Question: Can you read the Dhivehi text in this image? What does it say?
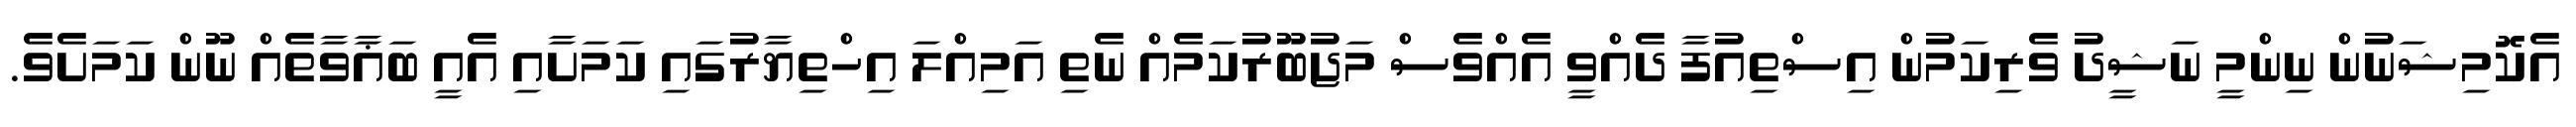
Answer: އެކޮމިޝަނުން ނިންމީ ނަޝީދު ވެރިކަމުން އިސްތިއުފާ ދެއްވީ އެއްވެސް މަޖުބޫރުކަމެއް ނެތި އަމިއްލަ އިހްތިޔާރުގައި ކަމަށާއި އެއީ ބަޣާވާތެއް ނޫން ކަމަށެވެ.